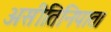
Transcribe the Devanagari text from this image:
असीतिनिपात।